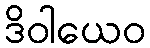
ဒိဝါယေဝ